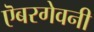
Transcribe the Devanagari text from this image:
ऎबरगेवनी